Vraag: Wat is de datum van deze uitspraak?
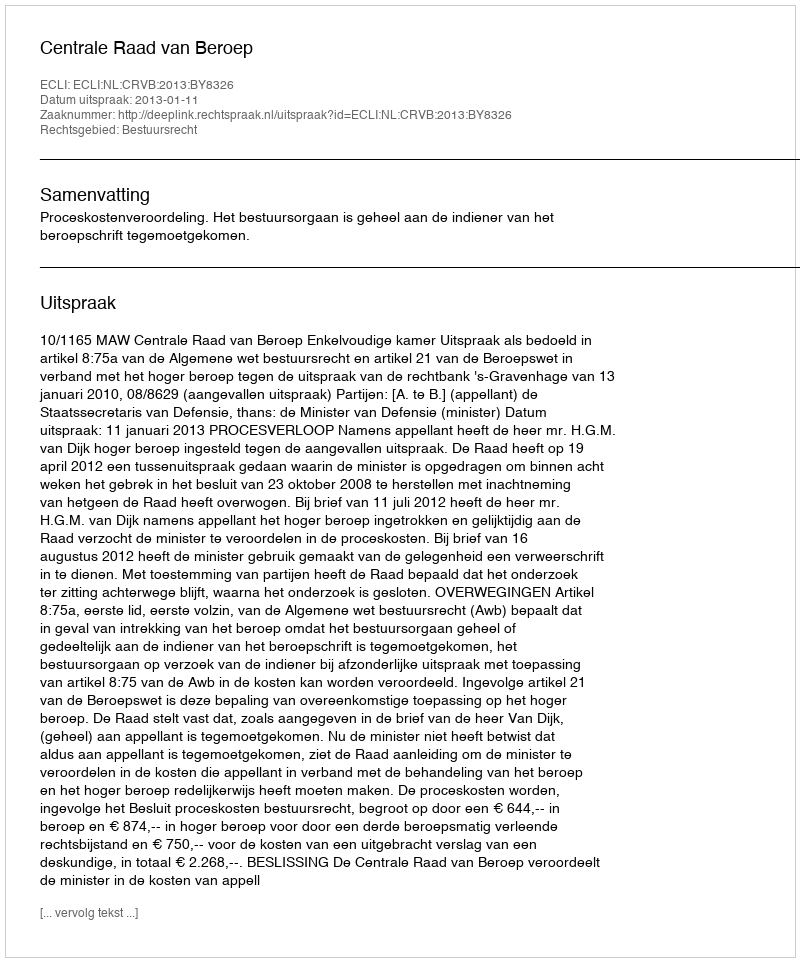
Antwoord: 2013-01-11